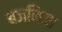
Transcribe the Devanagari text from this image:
बजनिया